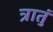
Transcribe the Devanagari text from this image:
त्रातुं